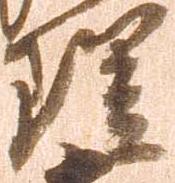
理